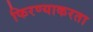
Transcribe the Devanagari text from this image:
फिरण्याकरता